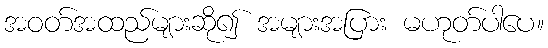
အဝတ်အထည်များဆို၍ အများအပြား မဟုတ်ပါပေ။